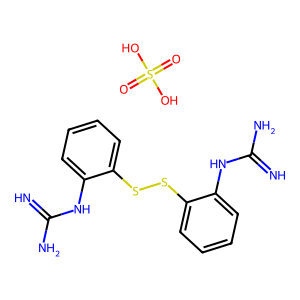
SMILES: N=C(N)Nc1ccccc1SSc1ccccc1NC(=N)N.O=S(=O)(O)O
Inhibits HIV replication: Yes